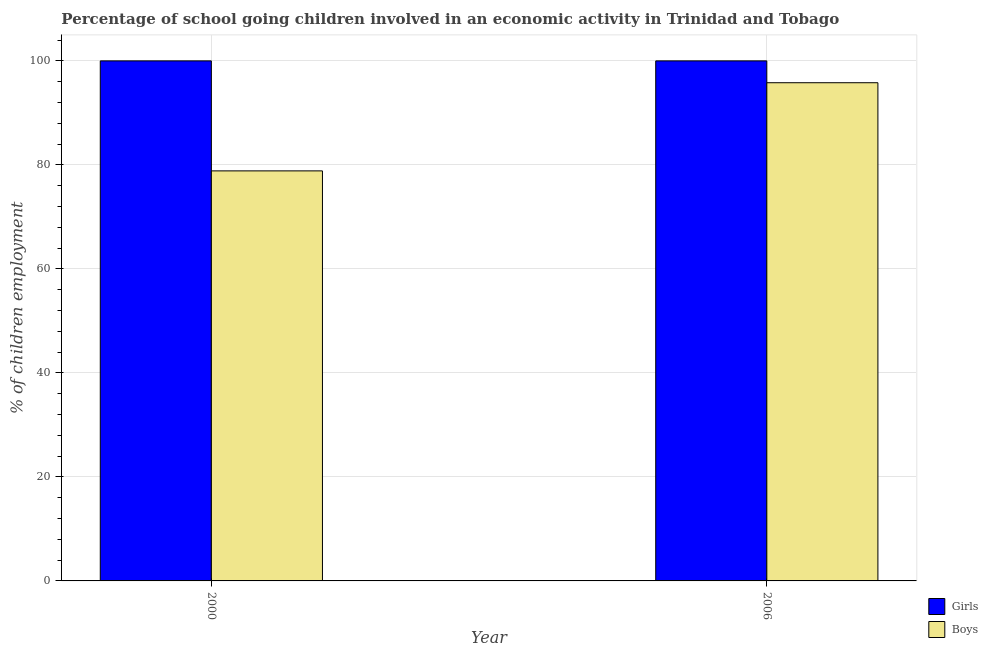
| Year | Girls | Boys |
 | --- | --- | --- |
 | 2000 | 100 | 78.8 |
 | 2006 | 100 | 95.8 |